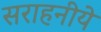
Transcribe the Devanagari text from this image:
सराहनीये